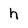
Character: h